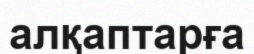
алқаптарға